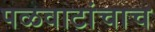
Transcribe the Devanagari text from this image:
पळवाटांचाच